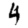
Digit: 4